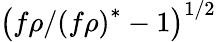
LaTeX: \left(f\rho/\left(f\rho\right)^{\ast}-1\right)^{1/2}